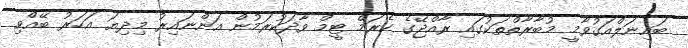
ބައިނަލްއަގުވާމީ މުބާރާތްތަކުގައި ރާއްޖޭގެ ކެރަމް ޓީމް ވާދަކުރަމުން އަންނައިރު މިދިޔަ އަހަރު ބޭއްވި